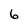
Character: 6